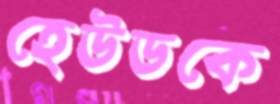
হেউডকে